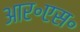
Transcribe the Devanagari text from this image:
आर॰एस॰